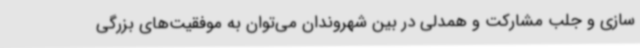
سازی و جلب مشارکت و همدلی در بین شهروندان می‌توان به موفقیت‌های بزرگی